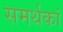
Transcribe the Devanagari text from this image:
समर्थकां